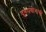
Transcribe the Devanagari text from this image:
दुरुपयोगाची